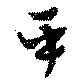
平